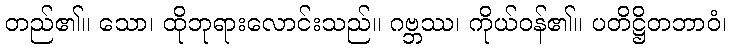
တည်၏။ သော၊ ထိုဘုရားလောင်းသည်။ ဂဗ္ဘဿ၊ ကိုယ်ဝန်၏။ ပတိဋ္ဌိတဘာဝံ၊